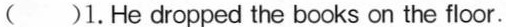
( )1.He dropped the books on the floor.